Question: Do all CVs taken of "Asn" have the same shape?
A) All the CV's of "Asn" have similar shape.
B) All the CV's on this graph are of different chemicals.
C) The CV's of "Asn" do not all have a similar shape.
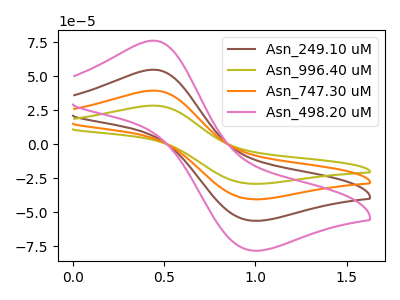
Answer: <think>The brown curve "Asn_249.10 uM" has an anodic peak at (0.45V, 54.80uA) and a cathodic peak at (1.00V, -56.35uA). The olive curve "Asn_996.40 uM" has an anodic peak at (0.45V, 164.35uA) and a cathodic peak at (1.00V, -169.00uA). The orange curve "Asn_747.30 uM" has an anodic peak at (0.45V, 109.60uA) and a cathodic peak at (1.00V, -112.65uA). The pink curve "Asn_498.20 uM" has an anodic peak at (0.45V, 76.15uA) and a cathodic peak at (1.00V, -78.30uA).
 All the peaks in "Asn_249.10 uM" have a peak in "Asn_996.40 uM" at the same potential. Every peak in "Asn_249.10 uM" is lower than every peak in "Asn_996.40 uM". All the peaks in "Asn_249.10 uM" have a peak in "Asn_747.30 uM" at the same potential. Every peak in "Asn_249.10 uM" is lower than every peak in "Asn_747.30 uM". All the peaks in "Asn_249.10 uM" have a peak in "Asn_498.20 uM" at the same potential. Every peak in "Asn_249.10 uM" is lower than every peak in "Asn_498.20 uM". All the peaks in "Asn_996.40 uM" have a peak in "Asn_747.30 uM" at the same potential. Every peak in "Asn_996.40 uM" is higher than every peak in "Asn_747.30 uM". All the peaks in "Asn_996.40 uM" have a peak in "Asn_498.20 uM" at the same potential. Every peak in "Asn_996.40 uM" is higher than every peak in "Asn_498.20 uM". All the peaks in "Asn_747.30 uM" have a peak in "Asn_498.20 uM" at the same potential. Every peak in "Asn_747.30 uM" is higher than every peak in "Asn_498.20 uM".</think>
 <answer>A) All the CV's of "Asn" have similar shape.</answer>
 <eval>A</eval>